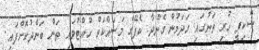
ސްކިޕީ ހުރި ތަނުގައި ހަދަމުން ގެންދާ ކެފޭގެ މަސައްކަތް ހުއްޓުވައި ތަން ބަންދުކޮށްފައި.